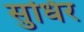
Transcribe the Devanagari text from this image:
सुधिर